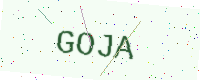
Text: GOJA